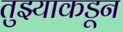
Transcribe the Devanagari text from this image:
तुझ्याकडून